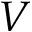
{ V }